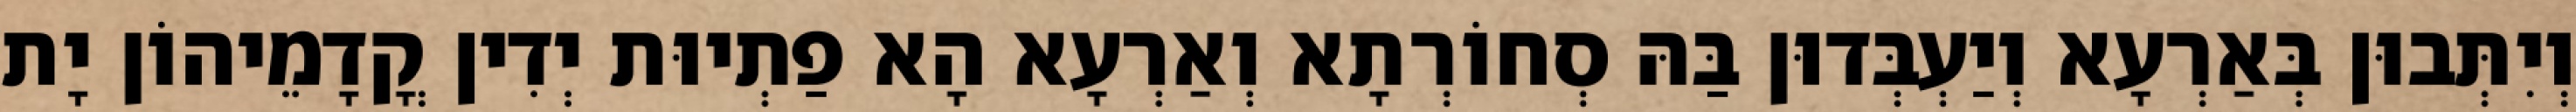
וְיִתְּבוּן בְּאַרְעָא וְיַעְבְּדוּן בַּהּ סְחוֹרְתָא וְאַרְעָא הָא פַתְיוּת יְדִין קֳדָמֵיהוֹן יָת